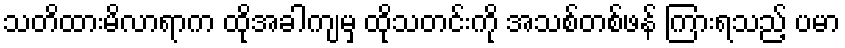
သတိထားမိလာရာက ထိုအခါကျမှ ထိုသတင်းကို အသစ်တစ်ဖန် ကြားရသည့် ပမာ